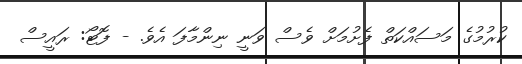
ކުރުމުގެ މަސައްކަތް ފެށުމަށް ވެސް ވަނީ ނިންމާފަ އެވެ. - ފޮޓޯ: ރައީސް